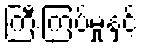
ကြီးကြပ်မှုနှင့်